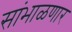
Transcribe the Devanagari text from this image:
सांभाळणार